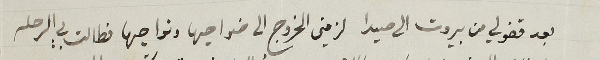
بعد فقولي من بيروت الى صيدا لزمني الخروج الى ضواحيها ونواحيها فطالت بي الرحله